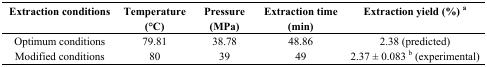
| Extraction conditions | Temperature (°C) | Pressure (MPa) | Extraction time (min) | Extraction yield (%) a |
 | --- | --- | --- | --- | --- |
 | Optimum conditions | 79.81 | 38.78 | 48.86 | 2.38 (predicted) |
 | Modified conditions | 80 | 39 | 49 | 2.37 ± 0.083 b (experimental) |